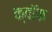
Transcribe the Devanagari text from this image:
क्वॉक